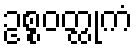
ဥစ္စဝတ္ထုကံ